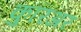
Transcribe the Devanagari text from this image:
कुरिअर